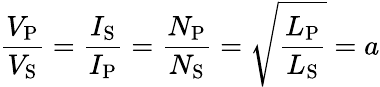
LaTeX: {\frac{V_{\mathrm{P}}}{V_{\mathrm{S}}}}={\frac{I_{\mathrm{S}}}{I_{\mathrm{P}}}}={\frac{N_{\mathrm{P}}}{N_{\mathrm{S}}}}={\sqrt{\frac{L_{\mathrm{P}}}{L_{\mathrm{S}}}}}=a